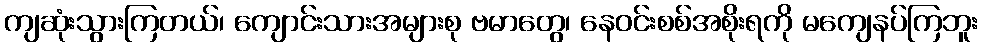
ကျဆုံးသွားကြတယ်၊ ကျောင်းသားအများစု ဗမာတွေ၊ နေဝင်းစစ်အစိုးရကို မကျေနပ်ကြဘူး